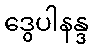
ဒွေပါနန္ဒ